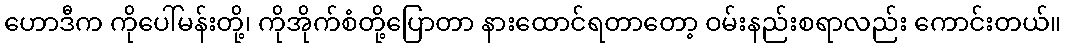
ဟောဒီက ကိုပေါ်မန်းတို့၊ ကိုအိုက်စံတို့ပြောတာ နားထောင်ရတာတော့ ဝမ်းနည်းစရာလည်း ကောင်းတယ်။